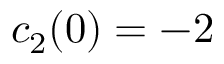
c _ { 2 } ( 0 ) = - 2